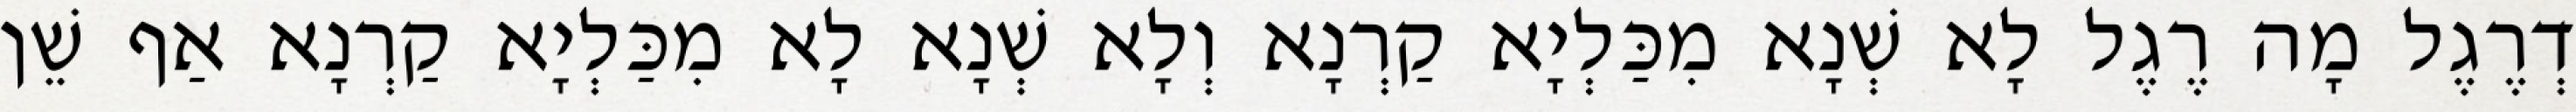
דְרֶגֶל מָה רֶגֶל לָא שְׁנָא מִכַּלְיָא קַרְנָא וְלָא שְׁנָא לָא מִכַּלְיָא קַרְנָא אַף שֵׁן